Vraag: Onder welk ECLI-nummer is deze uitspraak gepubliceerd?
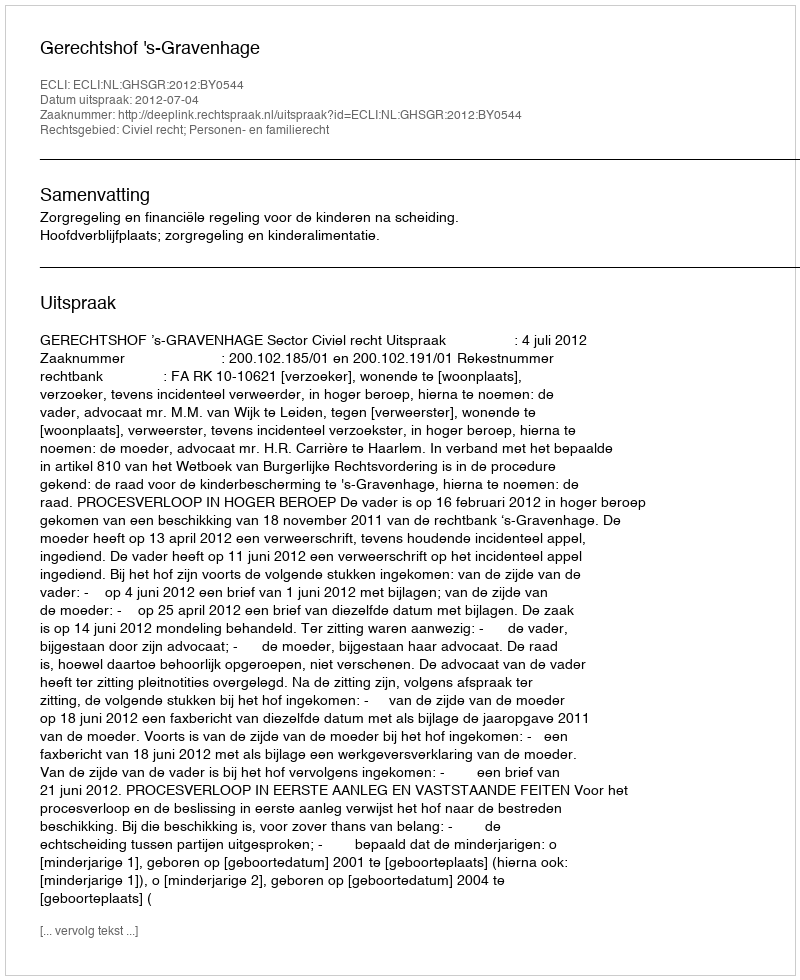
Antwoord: ECLI:NL:GHSGR:2012:BY0544